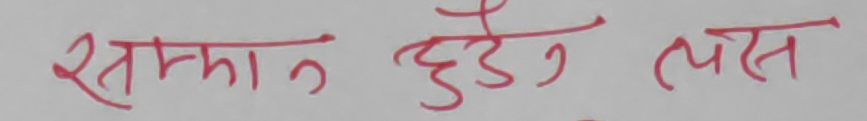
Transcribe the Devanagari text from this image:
सम्मान हुनेछ।